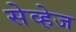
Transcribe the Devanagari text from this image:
सेव्हेज